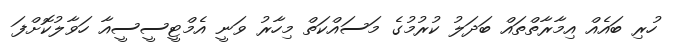
ހުރި ބައެއް އިމާރާތްތައް ބަދަލު ކުރުމުގެ މަސައްކަތް މިހާރު ވަނީ އެމްޓީސީސީއާ ހަވާލުކޮށްފަ